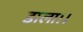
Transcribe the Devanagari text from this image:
डाला।।